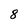
Character: 8